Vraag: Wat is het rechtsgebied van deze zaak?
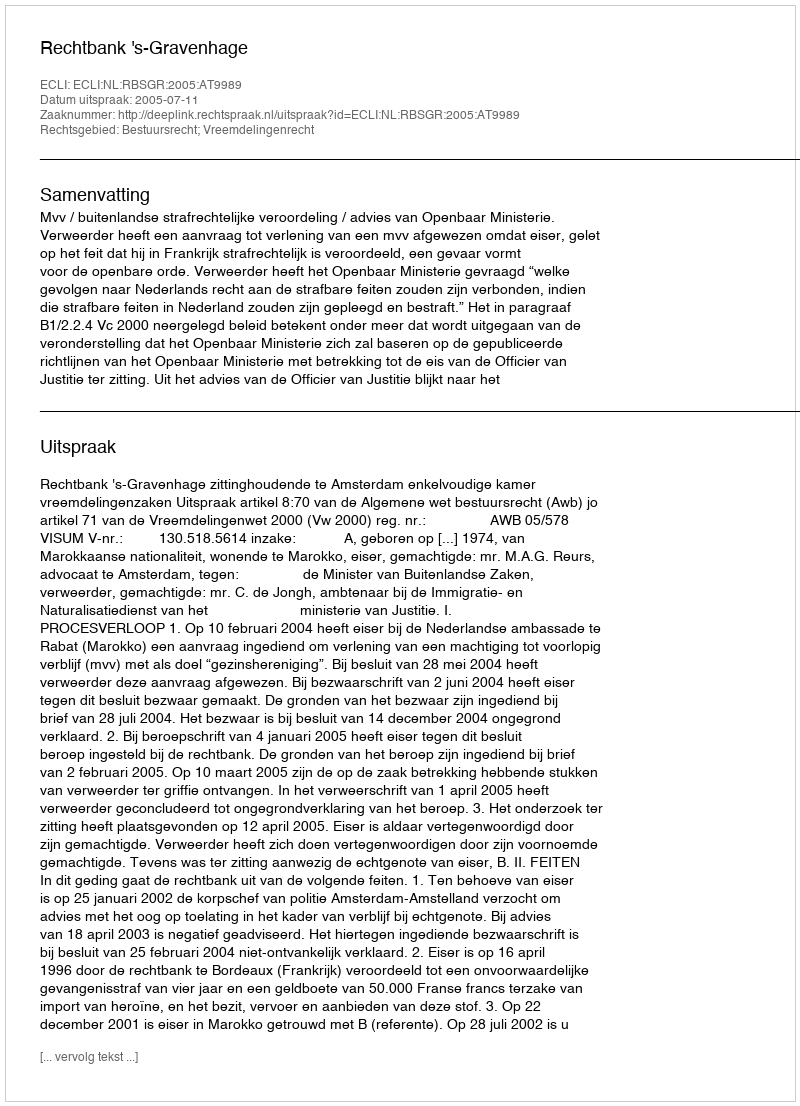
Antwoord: Bestuursrecht; Vreemdelingenrecht